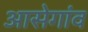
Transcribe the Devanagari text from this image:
आसेगांव